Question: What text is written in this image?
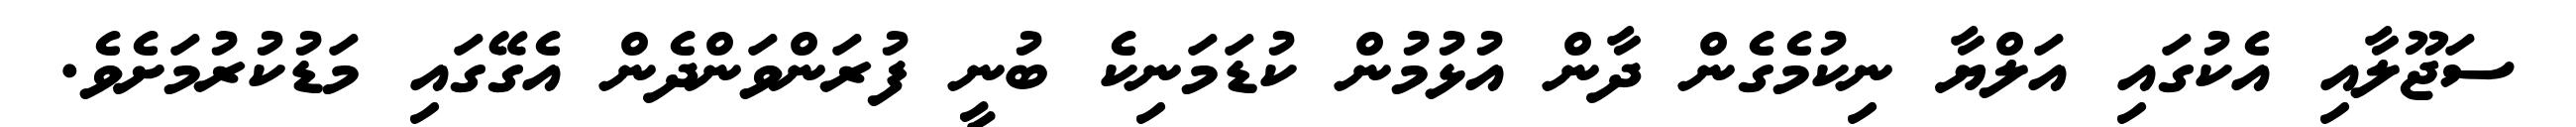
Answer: ސަޖޫލާއި އެކުގައި އަލްޔާ ނިކުމެގެން ދާން އުޅުމުން ކުޑަމަނިކެ ބުނީ ފުރަންވަންދެން އެގޭގައި މަޑުކުރުމަށެވެ.